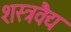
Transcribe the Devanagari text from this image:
शस्त्रवैद्य